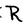
Character: R